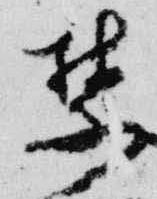
禁